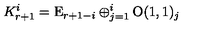
K _ { r + 1 } ^ { i } = \mathrm { E } _ { r + 1 - i } \oplus _ { j = 1 } ^ { i } \mathrm { O } ( 1 , 1 ) _ { j }